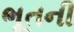
ભૂતની